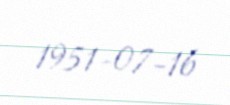
1951-07-16